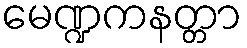
မေဏ္ဍကနတ္တာ